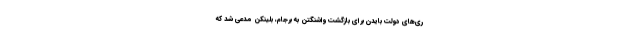
ری‌های دولت بایدن برای بازگشت واشنگتن به برجام، بلینکن مدعی شد که